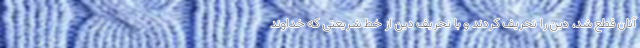
آنان قطع شد، دین را تحریف کردند و با تحریف دین از خط شریعتی که خداوند